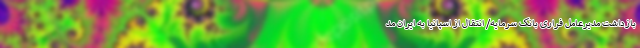
بازداشت مدیرعامل فراری بانک سرمایه/ انتقال از اسپانیا به ایران مد